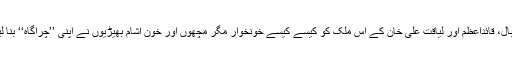
اقبال، قائداعظم اور لیاقت علی خان کے اس ملک کو کیسے کیسے خونخوار مگر مچھوں اور خون آشام بھیڑیوں نے اپنی ’’چراگاہ‘‘ بنا لیا۔